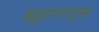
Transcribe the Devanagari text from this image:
ब्यूहारनाइस